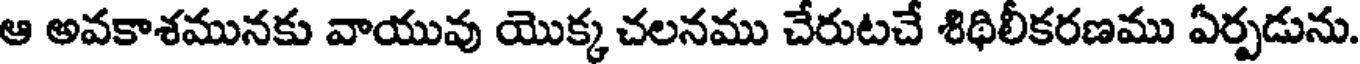
ఆ అవకాశమునకు వాయువు యొక్క చలనము చేరుటచే శిథిలీకరణము ఏర్పడును.